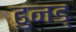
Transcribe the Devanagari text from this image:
ढुनड्